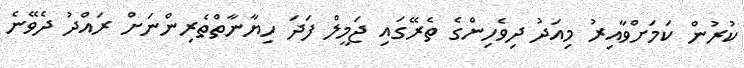
ކުރުން ކަމަށްވާއިރު މިއަދު ދިވެހިންގެ ތެރޭގައި ޖަމީލް ފަދަ ހިޔާނާތްތެރިންނަށް ރައްދު ދެވޭނެ